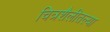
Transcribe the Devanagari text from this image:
चित्रशैलीतल्या